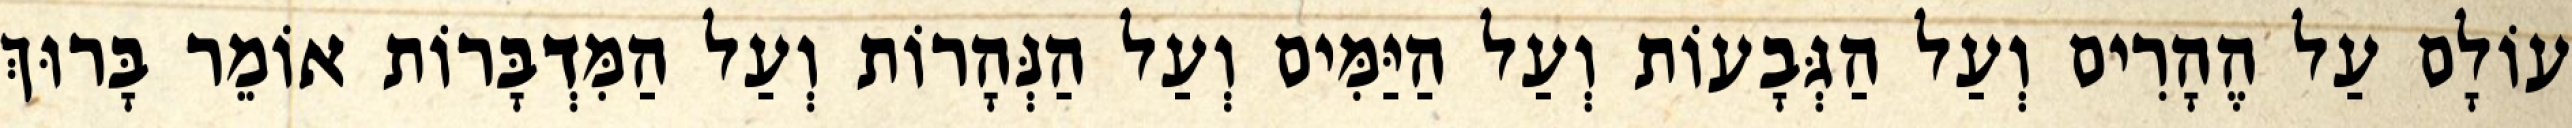
עוֹלָם עַל הֶהָרִים וְעַל הַגְּבָעוֹת וְעַל הַיַּמִּים וְעַל הַנְּהָרוֹת וְעַל הַמִּדְבָּרוֹת אוֹמֵר בָּרוּךְ